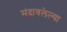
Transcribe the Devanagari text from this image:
मंदावलेल्या